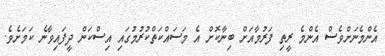
އެންމެނަށްވެސް އެންމެ ރީތި ފަރުމާއަށް ބިނާކޮށް އެ މަސައްކަތްކުރުމުގައި އިސްކަން ދީފައިވާނެ ކަމަށެވެ.